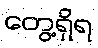
တွေ့ရှိရ